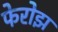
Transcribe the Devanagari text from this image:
फेरोझ